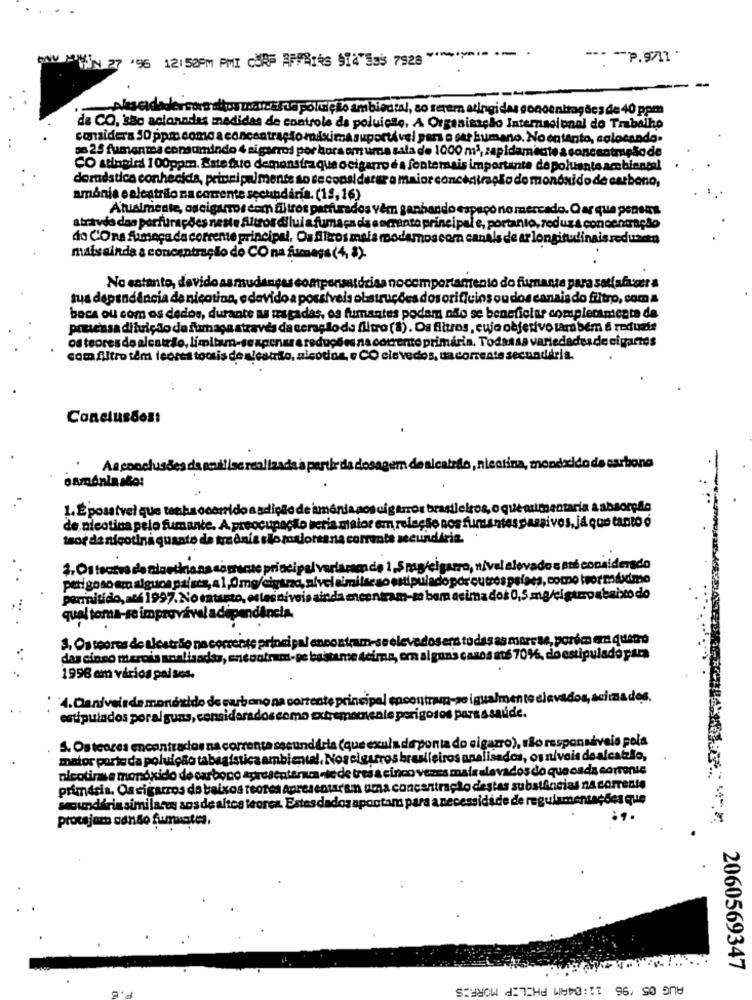
WIN 27 '96 12:52PM PMI CORP AFFAIRS SIN Ess 7928" -----
--- -- P.9/11 '
Alescidade consultor zonas de poluição ambiental, so serem atingidas concentrações de 40 ppm
de CO, são acionndas medidas de controle da poluição, A Organização Internacional do Trabalho
considera 50 ppm como a concentração máxima suportável pars o ser humano. No entanto, colocando.
so 25 fumanma consumindo 4 sigaeros por horsom uma sala de 1000 m2, zapidamente a concentreão de
CO stinoird 100ppm. Bate fato demonstraque ocigarro é a fontemais importante de poluente ambiental
doméstica conhecida, prioripalmente so se considerar a maior concentração de monóxido de carbono,
amónia e alcatrão na corrente secundária. (18,16)
Atualmente, oscigarros com filtros perfurados vêm ganband
apeço no mercado. O ar que pensas
atravda das perfurações neste filtros dilui a fumaça da a ocranto principal e, portanto, reduz a concentração
do COna fumaça da corrente principal, Os Altos mais modernos com canAls de ar longitudinaisreduzan
mais ainda a concentraello do CO na fuumays (4, 8)-
No entanto, devido asmudanç
hponsatórias nocomportamento do fumante para satlafaser a
sua dependência de nicotina, edevido a possíveis obstruções dos orifícios ou dos canais do filtro, com a
bocs ou com os dedos, durante as rasgadas, os fumantes podem não se beneficiar completamente da
prusessa diluição do fumaça através da ceração de filtro (8). Os filtros, cujo objetivo tam bem & reduzir
os teores do alcatrão, limitam-sezacnusareduções na corrente primária. Todassa variedades de cigarros
cam Altro têm leores toosis de alestilo, alsod
o CO cievedos, da corrente secundária.
Conclusão3:
Asconclusões da god!isc realiz
rtir da dosagem de alcatrão, nicotina, mondxido de carbono
1. É possivel que tenha
de iment
os cigarros brasileiros, o que aumentaria a absorção
de nicotina pelo fumante. A preocupa
Lo vetia maior em relação nos fumantespassivos, já que tanto o
tsor da nicotina quanto de madni
eeundirin.
ura, nivel elevados até considerado
or outros pelaes, como tor maximo
perigoso em alguos paiscs, a 1,0mg/ci
permitido, auf 1997. No entanto, ostessivois
ima dos 0,5 mg/cigarroabaixo do
qual toma-se improvável a dependência.
sera todas as marcas, porém em queno
3. Os teores de alcatrão na corrente pr
das cinco mercis soalisados, encont
omn al gui
casos até 70%, do estipuladopara
1996 em vários pal ses.
4.Caniveisde monóxido de carbono na corrente principal encontram-se igualmente lavados, acima dos.
estipulados poral guns, considerados como
ente perigosos para a saúde.
do cigarro), são responsáveis pela
S. Os teares encontrados na corrente seeundd
mator porte da poluição tabagistica ambiental. Noscigarros brasileiros analisados, os níveis dealcatzÃo,
s & cinco vezes mais elevados do quecada corrente
nicotinase monóxido de carbono apresentenu
primaria, Oscigarros do baixos reotes Apresentaren uma concentra
Lo destas substâncias na corrente
lade de regulamentações que
sounddrin similares aos de altos teores. Estes dados apontam para ar
protejam cando fumuates.
2060569347
AUG 05 '96 11:04AM PHILIP MORRIS